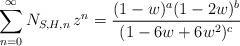
LaTeX: \begin{align*}\sum_{n=0}^{\infty} N_{S,H,n}\, z^n=\frac{(1-w)^{a}(1-2w)^{b}}{(1-6w+6w^2)^{c}}\, \end{align*}